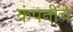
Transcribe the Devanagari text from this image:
कंपनींचे